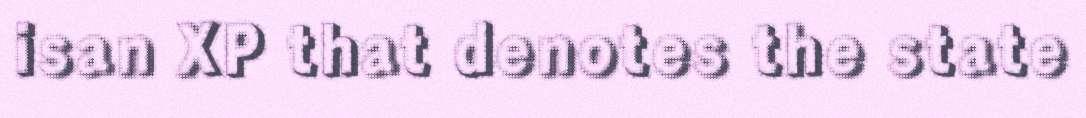
isan XP that denotes the state